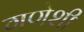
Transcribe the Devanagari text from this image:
गणेशी